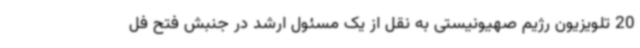
20 تلویزیون رژیم صهیونیستی به نقل از یک مسئول ارشد در جنبش فتح فل